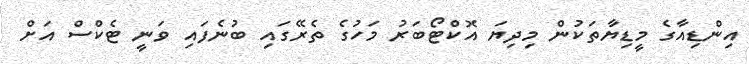
އިންޑިއާގެ މީޑިޔާތަކުން މިދިޔަ އޮކްޓޯބަރު މަހުގެ ތެރޭގައި ބުނެފައި ވަނީ ޓެކްސް އަށް